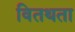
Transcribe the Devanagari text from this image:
वितथता